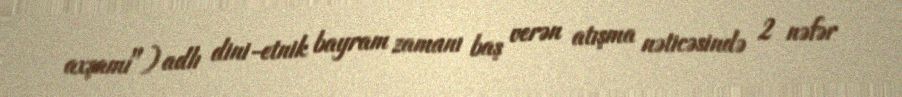
axşamı") adlı dini-etnik bayram zamanı baş verən atışma nəticəsində 2 nəfər